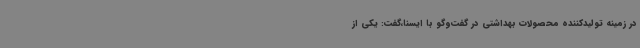
در زمینه تولیدکننده محصولات بهداشتی در گفت‌وگو با ایسنا،گفت: یکی از